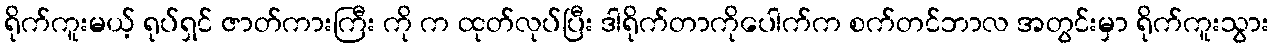
ရိုက်ကူးမယ့် ရုပ်ရှင် ဇာတ်ကားကြီး ကို က ထုတ်လုပ်ပြီး ဒါရိုက်တာကိုပေါက်က စက်တင်ဘာလ အတွင်းမှာ ရိုက်ကူးသွား